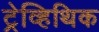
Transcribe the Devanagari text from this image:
ट्रेव्हिथिक